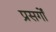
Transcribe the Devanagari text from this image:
प्रसर्गों